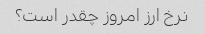
نرخ ارز امروز چقدر است؟